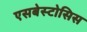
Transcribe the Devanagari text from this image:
एसबेस्टोसिस